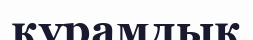
қүрамдық